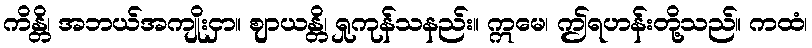
ကိန္တိ၊ အဘယ်အကျိုးငှာ။ ဈာယန္တိ၊ ရှုကုန်သနည်း။ ဣမေ၊ ဤရဟန်းတို့သည်။ ကထံ၊